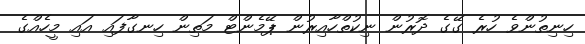
ހިނިތުންވެ ހުރެ ގޭގެ ދޮރުން ނިކުތްހާއިރުން ޕޭމެންޓް މަތިން ހިނގާފައި އައި މީހެއްގެ